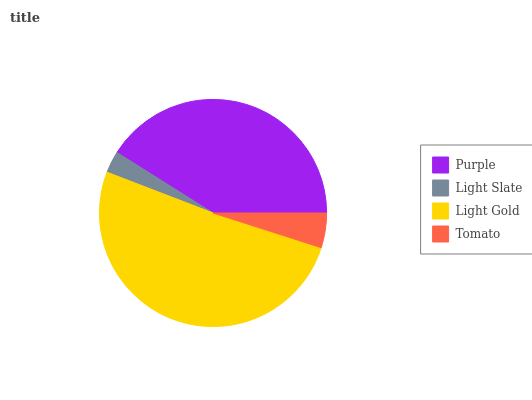
| Purple | Light Slate | Light Gold | Tomato |
 | --- | --- | --- | --- |
 | 41.1% | 3.1% | 50.9% | 4.93% |